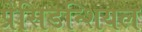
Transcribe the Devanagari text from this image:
प्रेसिडन्शियल